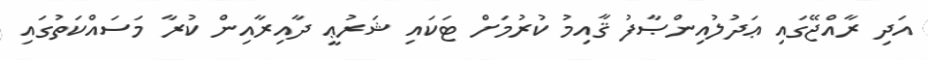
އަދި ރާއްޖޭގައި ޢަދުލުއިންޞާފު ޤާއިމު ކުރުމަށް ޓަކައި ޝަރުޢީ ދާއިރާއިން ކުރާ މަސައްކަތުގައި